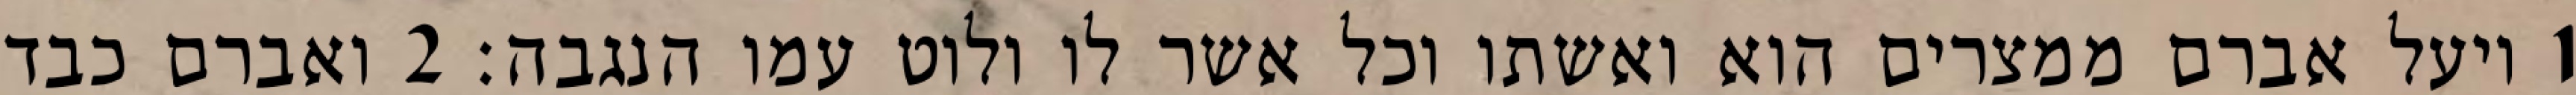
1 ויעל אברם ממצרים הוא ואשתו וכל אשר לו ולוט עמו הנגבה׃ ‎2‏ ואברם כבד